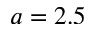
a = 2 . 5